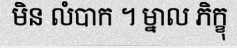
មិន លំបាក ។ ម្នាល ភិក្ខុ